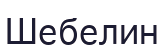
Шебелин